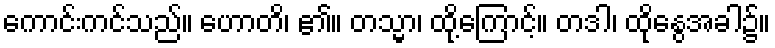
ကောင်းကင်သည်။ ဟောတိ၊ ၏။ တသ္မာ၊ ထို့ကြောင့်။ တဒါ၊ ထိုနွေအခါ၌။